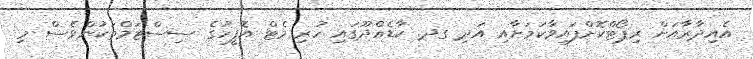
އެއިދާރާއަށް ރިޕޯޓްކޮށްފައިވާކަމަށާއި އަދި ގދ. ކާޑެއްދޫގައި ހުރި މެޓް އޮފީހުގެ ސިސްޓަމްތަކުންވެސް މި